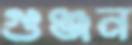
গুঞ্জন